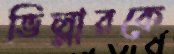
ভিল্লারকে